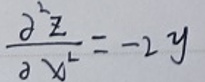
\[
\frac{\partial^{2}z}{\partial x^{2}}=-2y
\]